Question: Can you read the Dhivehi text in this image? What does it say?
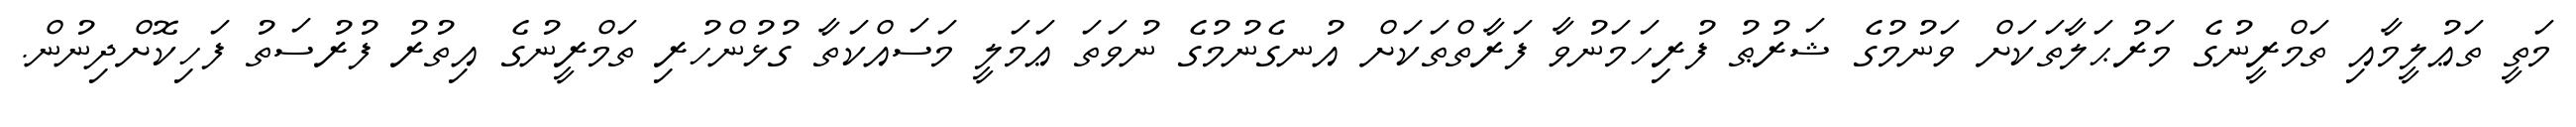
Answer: މަތީ ތަޢުލީމާއި ތަމްރީނުގެ މަރުޙަލާތަކަށް ވަނުމުގެ ޝަރުޠު ފުރިހަމަނުވާ ފަރާތްތަކަށް އުނގެނުމުގެ ނުވަތަ ޢަމަލީ މަސައްކަތާ ގުޅުންހުރި ތަމްރީނުގެ އިތުރު ފުރުސަތު ފަހިކޮށްދިނުން.